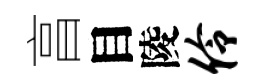
亯目陵伶